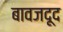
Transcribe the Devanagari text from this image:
बावजदूद